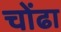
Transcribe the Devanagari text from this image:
चोंढा